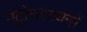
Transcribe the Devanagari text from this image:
पेट्रोरासायनों